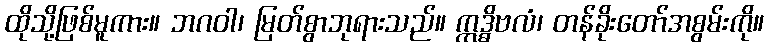
ထိုသို့ဖြစ်မူကား။ ဘဂဝါ၊ မြတ်စွာဘုရားသည်။ ဣဒ္ဓိဗလံ၊ တန်ခိုးတော်အစွမ်းကို။